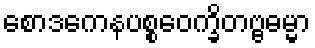
စောဒကေနပစ္စဝေက္ခိတဗ္ဗဓမ္မာ